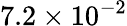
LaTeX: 7.2\times 10^{-2}